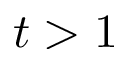
t > 1